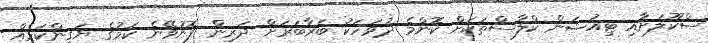
ސްކޫލަށާއި ޓިއުޝަން ކްލާސްތަކަށް ކޮންމެ ދުވަހަކު ބަރާބަރަށް ދަރިން ފޮނުވޭނެ ކަމުގެ ޔަގީންކަމެއް